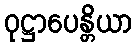
ဝုဋ္ဌာပေန္တိယာ